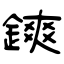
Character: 鏯